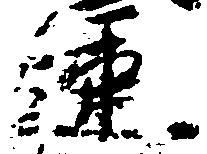
速